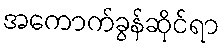
အကောက်ခွန်ဆိုင်ရာ